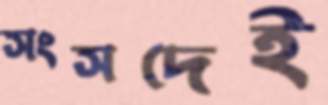
সংসদেই